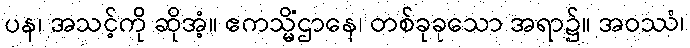
ပန၊ အသင့်ကို ဆိုအံ့။ ဧကသ္မိံဌာနေ၊ တစ်ခုခုသော အရာ၌။ အဝဿံ၊